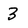
Character: 3